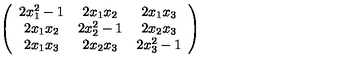
\left( \begin{array} { c c c } { 2 x _ { 1 } ^ { 2 } - 1 } & { 2 x _ { 1 } x _ { 2 } } & { 2 x _ { 1 } x _ { 3 } } \\ { 2 x _ { 1 } x _ { 2 } } & { 2 x _ { 2 } ^ { 2 } - 1 } & { 2 x _ { 2 } x _ { 3 } } \\ { 2 x _ { 1 } x _ { 3 } } & { 2 x _ { 2 } x _ { 3 } } & { 2 x _ { 3 } ^ { 2 } - 1 } \\ \end{array} \right)